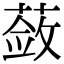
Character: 蔹